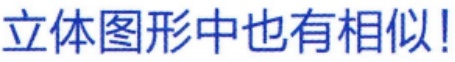
立体图形中也有相似!